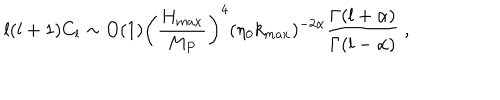
l ( l + 1 ) C _ { l } \sim O ( 1 ) \left( { \frac { H _ { m a x } } { M _ { P } } } \right) ^ { 4 } ( \eta _ { 0 } k _ { m a x } ) ^ { - 2 \alpha } { \frac { \Gamma ( l + \alpha ) } { \Gamma ( l - \alpha ) } } \; ,